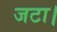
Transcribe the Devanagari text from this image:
जटा।